Annual report on the mental hospital in the Central Provinces and Berar (Nagpur) - 1927-1951
Year: 1927
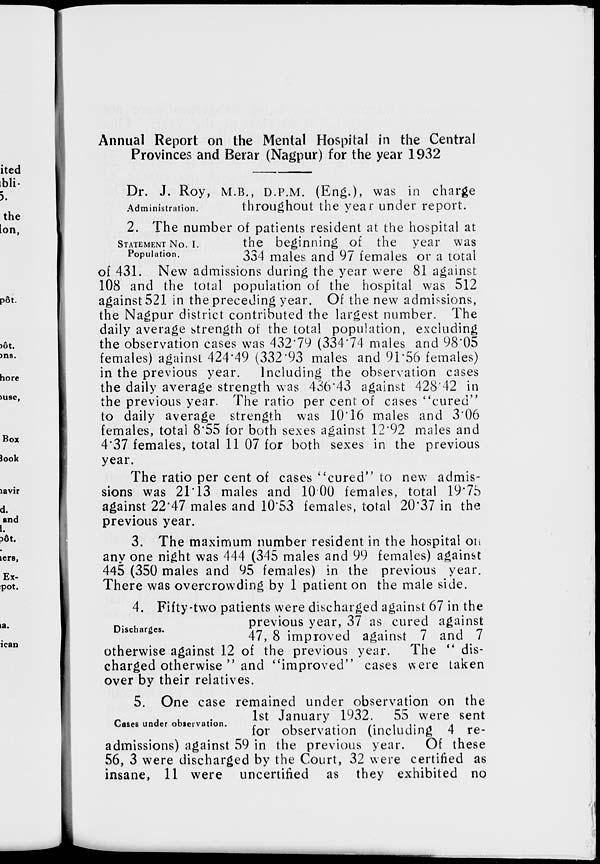
Annual Report on the Mental Hospital in the Central
Provinces and Berar (Nagpur) for the year 1932
Administration.
Dr. J. Roy, M.B., D.P.M. (Eng.), was in charge
throughout the year under report.
STATEMENT No. I.
Population.
2. The number of patients resident at the hospital at
the beginning of the year was
334 males and 97 females or a total
of 431. New admissions during the year were 81 against
108 and the total population of the hospital was 512
against 521 in the preceding year. Of the new admissions,
the Nagpur district contributed the largest number. The
daily average strength of the total population, excluding
the observation cases was 432.79 (334.74 males and 98.05
females) against 424.49 (332.93 males and 91.56 females)
in the previous year. Including the observation cases
the daily average strength was 436.43 against 428.42 in
the previous year. The ratio per cent of cases "cured"
to daily average strength was 10.16 males and 3.06
females, total 8.55 for both sexes against 12.92 males and
4.37 females, total 11 07 for both sexes in the previous
year.
The ratio per cent of cases "cured" to new admis-
sions was 21.13 males and 10.00 females, total 19.75
against 22.47 males and 10.53 females, total 20'37 in the
previous year.
3. The maximum number resident in the hospital on
any one night was 444 (345 males and 99 females) against
445 (350 males and 95 females) in the previous year.
There was overcrowding by 1 patient on the male side.
Discharges.
4. Fifty-two patients were discharged against 67 in the
previous year, 37 as cured against
47, 8 improved against 7 and 7
otherwise against 12 of the previous year. The " dis-
charged otherwise " and "improved" cases were taken
over by their relatives.
Cases under observation.
5. One case remained under observation on the
1st January 1932. 55 were sent
for observation (including 4 re-
admissions) against 59 in the previous year.
Of these
56, 3 were discharged by the Court, 32 were certified as
insane, 11 were uncertified as they exhibited no